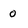
Character: 0